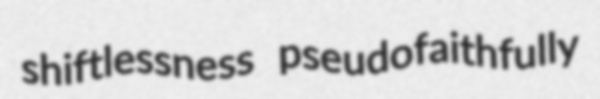
shiftlessness pseudofaithfully